Medical and sanitary report of the native army of Madras for the year
Year: 1877
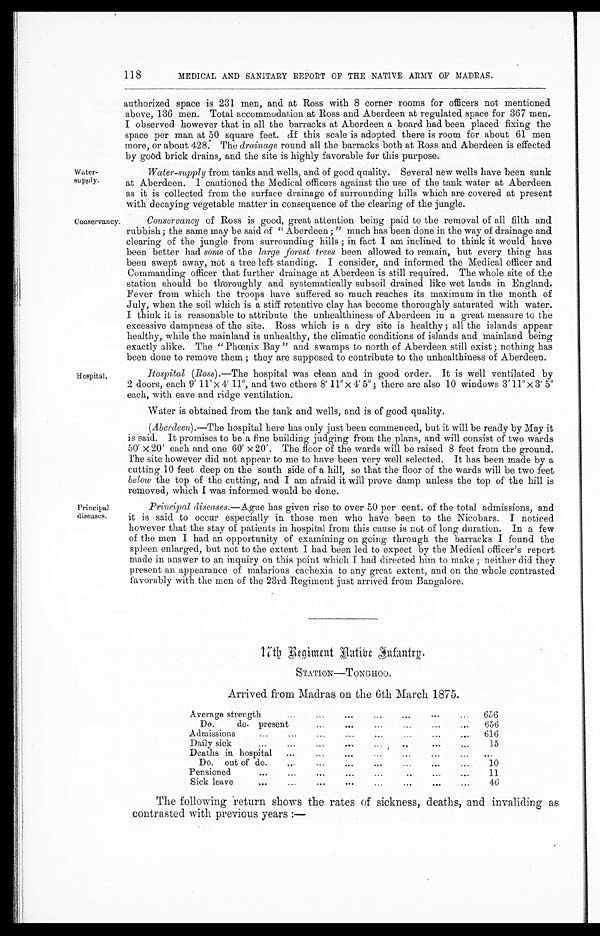
118
MEDICAL AND SANITARY REPORT OF THE NATIVE ARMY OF MADRAS.
Water-
supply.
Conservancy.
authorized space is 231 men, and at Ross with 8 corner rooms for officers not mentioned
above, 136 men. Total accommodation at Ross and Aberdeen at regulated space for 367 men.
I observed however that in all the barracks at Aberdeen a board had been placed fixing the
space per man at 50 square feet. If this scale is adopted there is room for about 61 men
more, or about 428. The drainage round all the barracks both at Ross and Aberdeen is effected
by good brick drains, and the site is highly favorable for this purpose.
Water-supply from tanks and wells, and of good quality. Several new wells have been sunk
at Aberdeen. I cautioned the Medical officers against the use of the tank water at Aberdeen
as it is collected from the surface drainage of surrounding hills which are covered at present
with decaying vegetable matter in consequence of the clearing of the jungle.
Conservancy of Ross is good, great attention being paid to the removal of all filth and
rubbish ; the same may be said of " Aberdeen ; " much has been done in the way of drainage and
clearing of the jungle from surrounding hills ; in fact I am inclined to think it would have
been better had some of the large forest trees been allowed to remain, but every thing has
been swept away, not a tree left standing. I consider, and informed the Medical officer and
Commanding officer that further drainage at Aberdeen is still required. The whole site of the
station should be thoroughly and systematically subsoil drained like wet lands in England.
Fever from which the troops have suffered so much reaches its maximum in the month of
July, when the soil which is a stiff retentive clay has become thoroughly saturated with water.
I think it is reasonable to attribute the unhealthiness of Aberdeen in a great measure to the
excessive dampness of the site. Ross which is a dry site is healthy ; all the islands appear
healthy, while the mainland is unhealthy, the climatic conditions of islands and mainland being
exactly alike. The "Phœnix Bay" and swamps to north of Aberdeen still exist ; nothing has
been done to remove them ; they are supposed to contribute to the unhealthiness of Aberdeen.
Hospital.
Principal
diseases.
Hospital (Ross).—The hospital was clean and in good order. It is well ventilated by
2 doors, each 9' 11" x 4' 11", and two others 8' 11"x 4' 5" ; there are also 10 windows 3'11"x 3' 5'
each, with cave and ridge ventilation.
Water is obtained from the tank and wells, and is of good quality.
(Aberdeen ).—The hospital here has only just been commenced, but it will be ready by May it
is said. It promises to be a fine building judging from the plans, and will consist of two wards
50' x 20' each and one 60' x 20'. The floor of the wards will be raised 8 feet from the ground.
The site however did not appear to me to have been very well selected. It has been made by a
cutting 10 feet deep on the south side of a hill, so that the floor of the wards will be two feet
below the top of the cutting, and I am afraid it will prove damp unless the top of the bill is
removed, which I was informed would be done.
Principal diseases.—Ague has given rise to over 50 per cent. of the total admissions, and
it is said to occur especially in those men who have been to the Nicobars. I noticed
however that the stay of patients in hospital from this cause is not of long duration. In a few
of the men I had an opportunity of examining on going through the barracks I found the
spleen enlarged, but not to the extent I had been led to expect by the Medical officer's report
made in answer to an inquiry on this point which I had directed him to make ; neither did they
present an appearance of malarious cachexia to any great extent, and on the whole contrasted
favorably with the men of the 23rd Regiment just arrived from Bangalore.
STATION—TONGHOO.
Arrived from Madras on the 6th March 1875.
Average strength
...
...
...
...
...
...
. . . 656
Do. do. present
...
...
...
. . .
. . .
. . . 656
Admissions
...
...
...
...
...
...
... . . . 616
Daily sick
...
...
...
...
. . .
. . .
...
. . .
15
Deaths in hospital ...
...
...
...
...
...
... . . .
Do. out of do.
... . . .
. . .
. . .
. . .
. . .
10
Pensioned
...
...
...
...
...
... . . .
. . .
11
Sick leave
...
...
...
...
...
...
...
. . .
46
The following return shows the rates of sickness, deaths, and invaliding as
contrasted with previous years :—